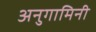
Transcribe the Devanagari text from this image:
अनुगामिनी